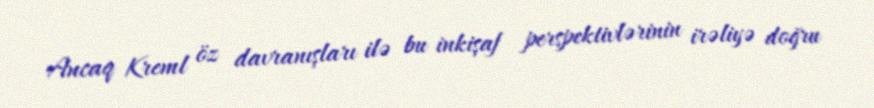
Ancaq Kreml öz davranışları ilə bu inkişaf perspektivlərinin irəliyə doğru